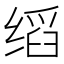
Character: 𬘺